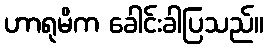
ဟာရုမိက ခေါင်းခါပြသည်။